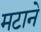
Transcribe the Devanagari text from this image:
मटाने